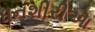
ધનશીરીઆ